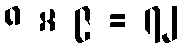
၈ × ၉ = ၇၂